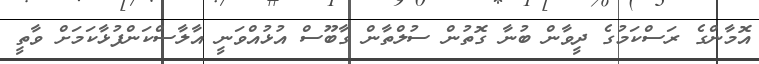
އޮމާންގެ ރަސްކަމުގެ ދީވާން ބުނާ ގޮތުން ސުލްތާން ގާބޫސް އުޅުއްވަނީ އާލާސްކަންފުޅާކަމަށް ވާތީ